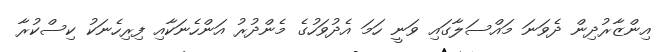
އިންޒާރުދިން ދެވަނަ މައްސަލާގައި ވަނީ ހަމަ އެދުވަހުގެ މެންދުރު އަންހެނަކާއި ފިރިހެނަކު ކިސްކުރާ